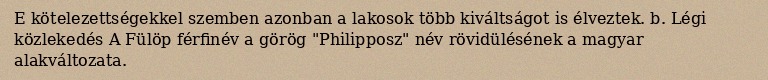
E kötelezettségekkel szemben azonban a lakosok több kiváltságot is élveztek. b. Légi közlekedés A Fülöp férfinév a görög "Philipposz" név rövidülésének a magyar alakváltozata.